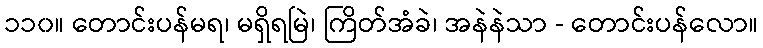
၁၁၀။ တောင်းပန်မရ၊ မရှိရမြဲ၊ ကြိတ်အံခဲ၊ အနဲနဲသာ - တောင်းပန်လော။